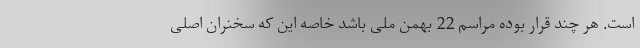
است. هر چند قرار بوده مراسم 22 بهمن ملی باشد خاصه این که سخنران اصلی